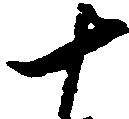
十